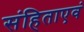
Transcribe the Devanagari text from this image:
संहिताएवं